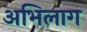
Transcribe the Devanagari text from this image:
अभिलाग